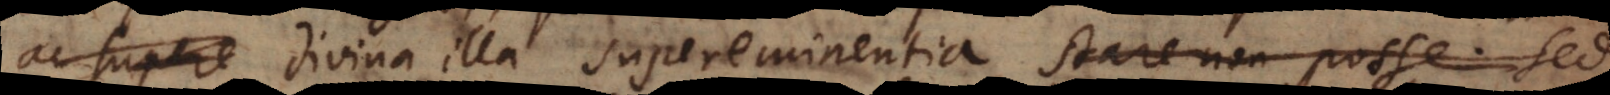
ac supere divina illa supereminentia stare non posse. Sed